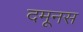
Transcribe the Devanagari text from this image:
दमूनस